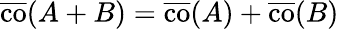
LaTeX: {\overline{{\operatorname{co}}}}(A+B)={\overline{{\operatorname{co}}}}(A)+{\overline{{\operatorname{co}}}}(B)